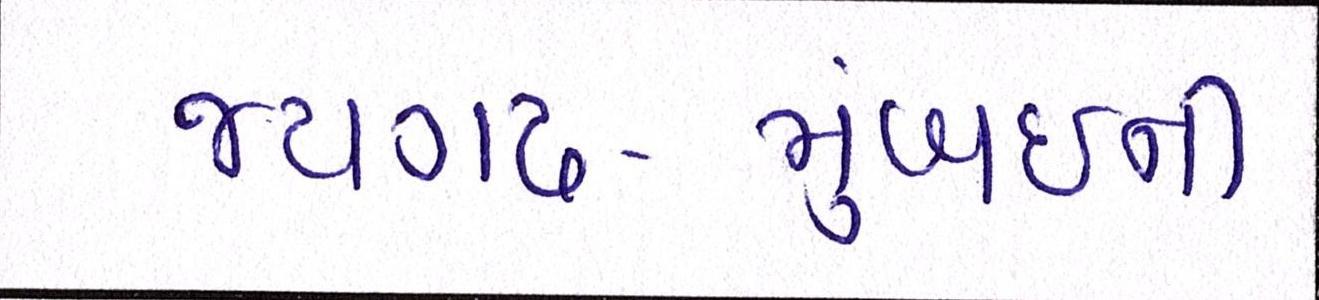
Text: જયગઢ-મુંબઈની